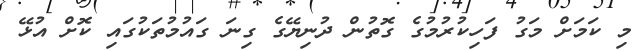
މި ކަމަށް މަގު ފަހިކުރުމުގެ ގޮތުން ދުނިޔޭގެ ގިނަ ގައުމުތަކުގައި ކޮށް އުޅޭ